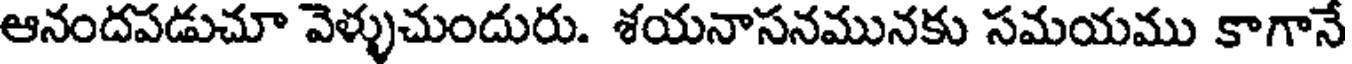
ఆనందపడుచూ వెళ్ళుచుందురు. శయనాసనమునకు సమయము కాగానే